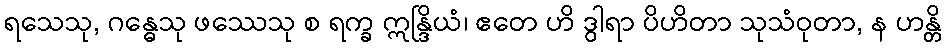
ရသေသု, ဂန္ဓေသု ဖဿေသု စ ရက္ခ ဣန္ဒြိယံ၊ ဧတေ ဟိ ဒွါရာ ပိဟိတာ သုသံဝုတာ, န ဟန္တိ